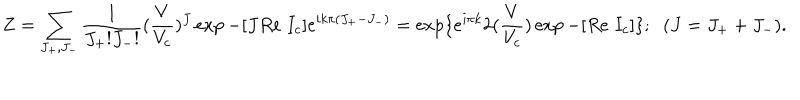
LaTeX: Z = \sum _ { J _ { + } , J _ { - } } \frac { 1 } { J _ { + } ! J _ { - } ! } ( \frac { V } { V _ { c } } ) ^ { J } \exp - [ J R e \; I _ { c } ] e ^ { i k \pi ( J _ { + } - J _ { - } ) } = \exp \{ e ^ { i \pi k } 2 ( \frac { V } { V _ { c } } ) \exp - [ R e \; I _ { c } ] \} ; \; \; ( J = J _ { + } + J _ { - } ) .